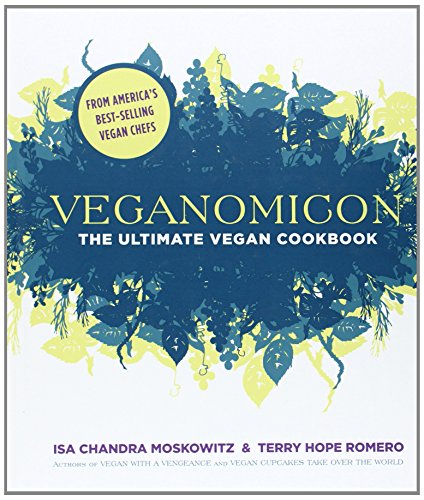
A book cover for Veganomicon: The Ultimate Vegan Cookbook; Isa Chandra Moskowitz; Cookbooks, Food & Wine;